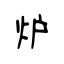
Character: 炉